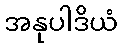
အနုပါဒိယံ